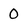
Character: 0